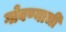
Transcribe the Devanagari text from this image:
गोवण्याची